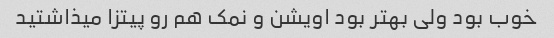
خوب بود ولی بهتر بود اویشن و نمک هم رو پیتزا میذاشتید